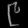
Digit: ၉